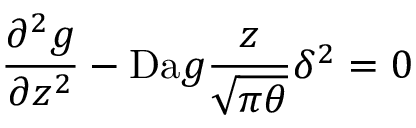
\frac { \partial ^ { 2 } g } { \partial z ^ { 2 } } - \mathrm { D a } g \frac { z } { \sqrt { \pi \theta } } \delta ^ { 2 } = 0